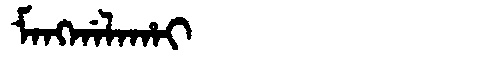
Manchu: ᠮᠠᠩᡤᠠᠯᠠᡥᠠᡳ
Romanization: MANGGALAHAI